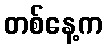
တစ်နေ့က